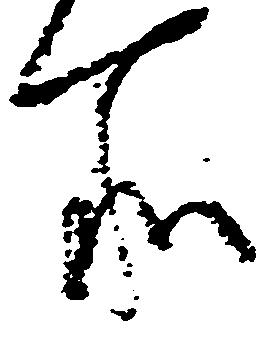
所